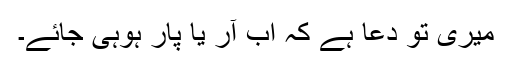
میری تو دعا ہے کہ اب آر یا پار ہوہی جائے۔